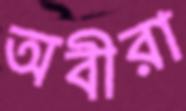
অবীরা